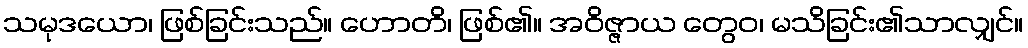
သမုဒယော၊ ဖြစ်ခြင်းသည်။ ဟောတိ၊ ဖြစ်၏။ အဝိဇ္ဇာယ တွေဝ၊ မသိခြင်း၏သာလျှင်။